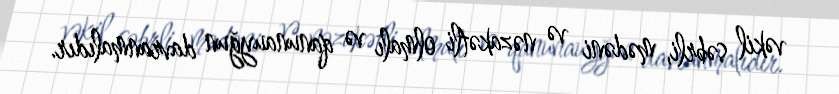
vəkil səbrli, mədəni və nəzakətli olmalı və qanunauyğun davranmalıdır.